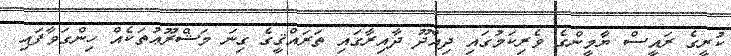
ކުރީގެ ރައީސް ޔާމީންގެ ވެރިކަމުގައި ދިއްދޫ ދާއިރާގައި ތަރައްޤީގެ ގިނަ މަޝްރޫޢުތަކެއް ހިންގަވާފައި